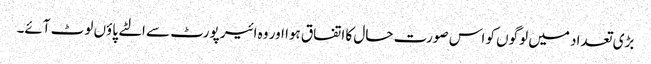
بڑی تعداد میں لوگوں کو اس صورت حال کا اتفاق ہوا اور وہ ائیر پورٹ سے الٹے پاؤں لوٹ آئے۔